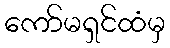
ကော်မရှင်ထံမှ